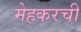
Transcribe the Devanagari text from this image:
मेहकरची